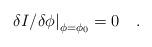
LaTeX: \begin{align*}\left. {\delta I / {\delta \phi}}\right| _{\phi=\phi_0} =0~~~.\end{align*}